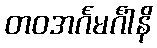
တဝအင်္ဂမင်္ဂါနိ